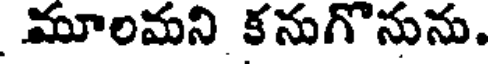
మూలమని కనుగొనును.